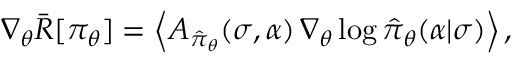
\nabla _ { \boldsymbol { \theta } } \bar { R } [ \pi _ { \boldsymbol { \theta } } ] = \left\langle A _ { \hat { \pi } _ { \boldsymbol { \theta } } } ( \sigma , \alpha ) \, \nabla _ { \boldsymbol { \theta } } \log \hat { \pi } _ { \boldsymbol { \theta } } ( \alpha \vert \sigma ) \right\rangle ,